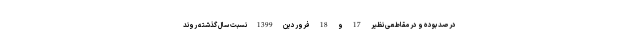
درصد بوده و در مقاطعی نظیر 17 و 18 فروردین 1399 نسبت سال گذشته روند